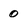
Character: 0